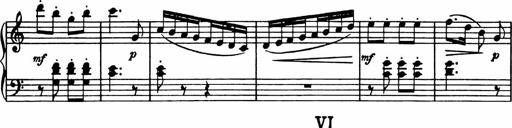
Title: Analytical Sonatinas
Composer: Frank Lynes